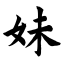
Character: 妹